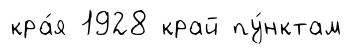
кра́я 1928 край пу́нктам